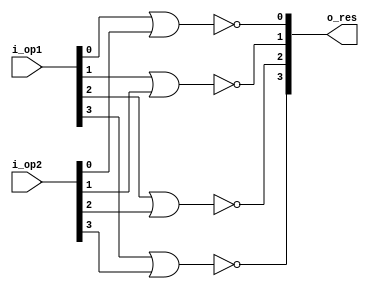
module bitwise_nor(i_op1, i_op2, o_res);
parameter WIDTH = 4;
input [WIDTH-1:0] i_op1, i_op2;
output [WIDTH-1:0] o_res;
generate
	genvar i;
	for(i=0; i<WIDTH; i=i+1) begin: or_bus
		nor(o_res[i], i_op1[i], i_op2[i]);
	end
endgenerate
endmodule

module tb_nor();
parameter WIDTH = 4;
reg [WIDTH-1:0] op1, op2, control_res;
wire [WIDTH-1:0] res;
bitwise_nor #(.WIDTH(WIDTH)) inst(
	.i_op1(op1),
	.i_op2(op2),
	.o_res(res)
	);

integer i, j, error_count;
initial begin
op1 = 0;
op2 = 0;
control_res = 0;
error_count = 0;
for(i=0; i<2**WIDTH; i=i+1) begin
	op1 = i;
	for(j=0; j<2**WIDTH; j=j+1)begin
		op2 = j;
		#10;
		control_res = ~(op1|op2);
		if(control_res!=res)begin
			$display("Error with %b, %b. Expected %b, got %b.", op1, op2, control_res, res);
			error_count = error_count+1;
		end
	end
end
$display("%d errors during simulation", error_count);
$finish();
end
endmodule